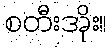
စတီးအိုး။